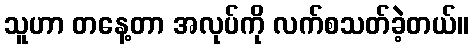
သူဟာ တနေ့တာ အလုပ်ကို လက်စသတ်ခဲ့တယ်။